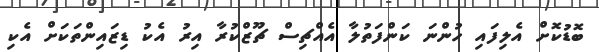
ބޮޑުކޮށް އެލިފައި ހުންނަ ކަންފަތުލާ އެއްޗިސް ޗޫޒްކުރާ އިރު އެކު ޑިޒައިންތަކަށް އެކި